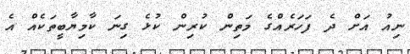
ނިއު އަށް ދެ ފަހަރެއްގެ މަތިން ކުރިން ކުޅެ ގިނަ ކާމިޔާބީތަކެއް އެ